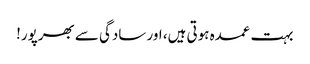
بہت عمدہ ہوتی ہیں، اور سادگی سے بھرپور!